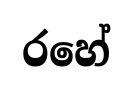
රහේ